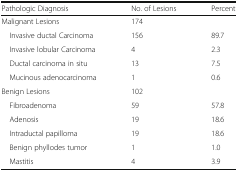
| Pathologic Diagnosis | No. of Lesions | Percent |
 | --- | --- | --- |
 | Malignant Lesions | 174 |  |
 | Invasive ductal Carcinoma | 156 | 89.7 |
 | Invasive lobular Carcinoma | 4 | 2.3 |
 | Ductal carcinoma in situ | 13 | 7.5 |
 | Mucinous adenocarcinoma | 1 | 0.6 |
 | Benign Lesions | 102 |  |
 | Fibroadenoma | 59 | 57.8 |
 | Adenosis | 19 | 18.6 |
 | Intraductal papilloma | 19 | 18.6 |
 | Benign phyllodes tumor | 1 | 1.0 |
 | Mastitis | 4 | 3.9 |